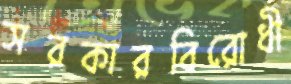
সরকারবিরোধী